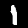
Label: 1